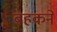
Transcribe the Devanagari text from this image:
बहकने